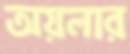
অয়লার